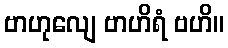
ဗာဟုလျေ ဗာဟိရံ ဗဟိ။